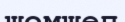
шемшөп